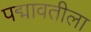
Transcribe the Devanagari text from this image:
पद्मावतीला